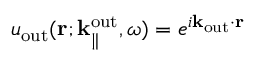
u _ { \mathrm { o u t } } ( { \bf r } ; { \bf k } _ { \parallel } ^ { \mathrm { o u t } } , \omega ) = e ^ { i { \bf k } _ { \mathrm { o u t } } \cdot { \bf r } }